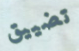
تضييق